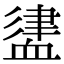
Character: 𧗃